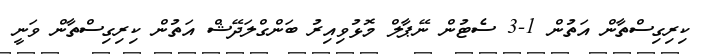
ކިރިގިސްތާން އަތުން 1-3 ސެޓުން ނޭޕާލް މޮޅުވިއިރު ބަންގްލަދޭޝް އަތުން ކިރިގިސްތާން ވަނީ